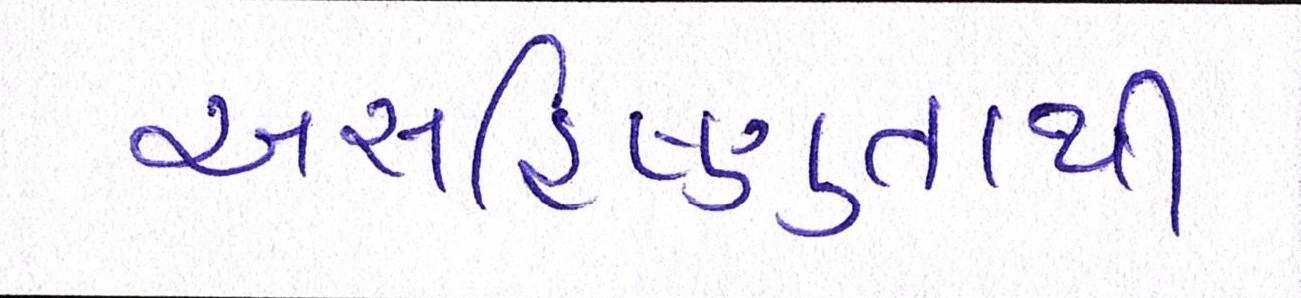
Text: અસહિષ્ણુતાથી